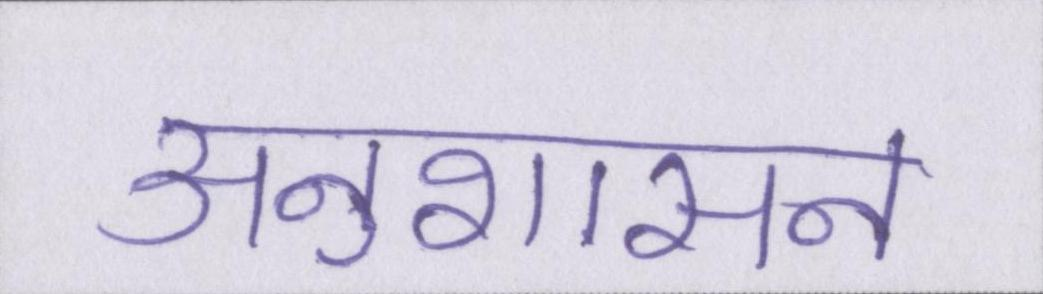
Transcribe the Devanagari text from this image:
अनुशासन